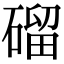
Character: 磂